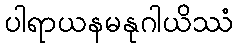
ပါရာယနမနုဂါယိဿံ